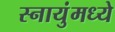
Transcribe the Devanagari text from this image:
स्नायुंमध्ये